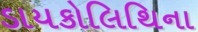
ડાયકોલિથિના